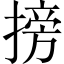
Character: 搒